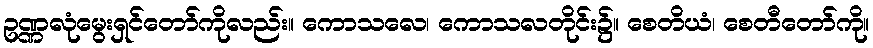
ဥဏ္ဏလုံမွေးရှင်တော်ကိုလည်း။ ကောသလေ၊ ကောသလတိုင်း၌။ စေတိယံ၊ စေတီတော်ကို။